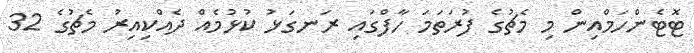
ޓޮޓެންހަމްއިން މި މެޗުގެ ފުރަތަމަ ހާފްގައި ރަނގަޅު ކުޅުމެއް ދެއްކިއިރު މެޗުގެ 32